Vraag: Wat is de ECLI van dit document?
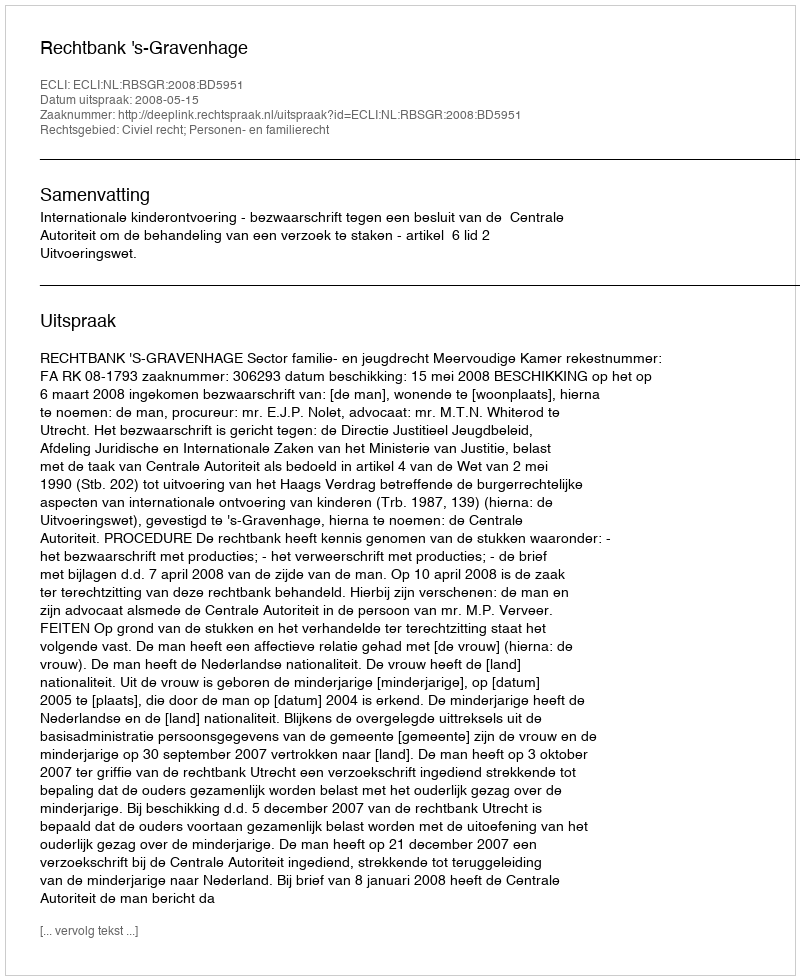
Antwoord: ECLI:NL:RBSGR:2008:BD5951